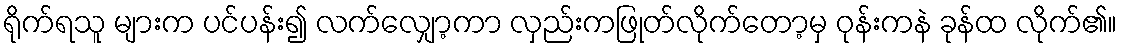
ရိုက်ရသူ များက ပင်ပန်း၍ လက်လျှော့ကာ လှည်းကဖြုတ်လိုက်တော့မှ ဝုန်းကနဲ ခုန်ထ လိုက်၏။